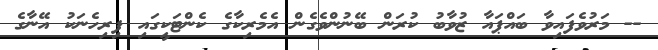
-- މަރުވެފައިވާ ބައްޕައާ ޒުވާބު ކުރަން ބޭނުންވެގެން އެމެރިކާގެ ކެންޓަކީގައި ފިރިހެނަކު އޭނާގެ